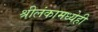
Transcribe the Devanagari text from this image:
श्रीलंकामध्येही